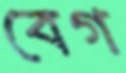
বেগ